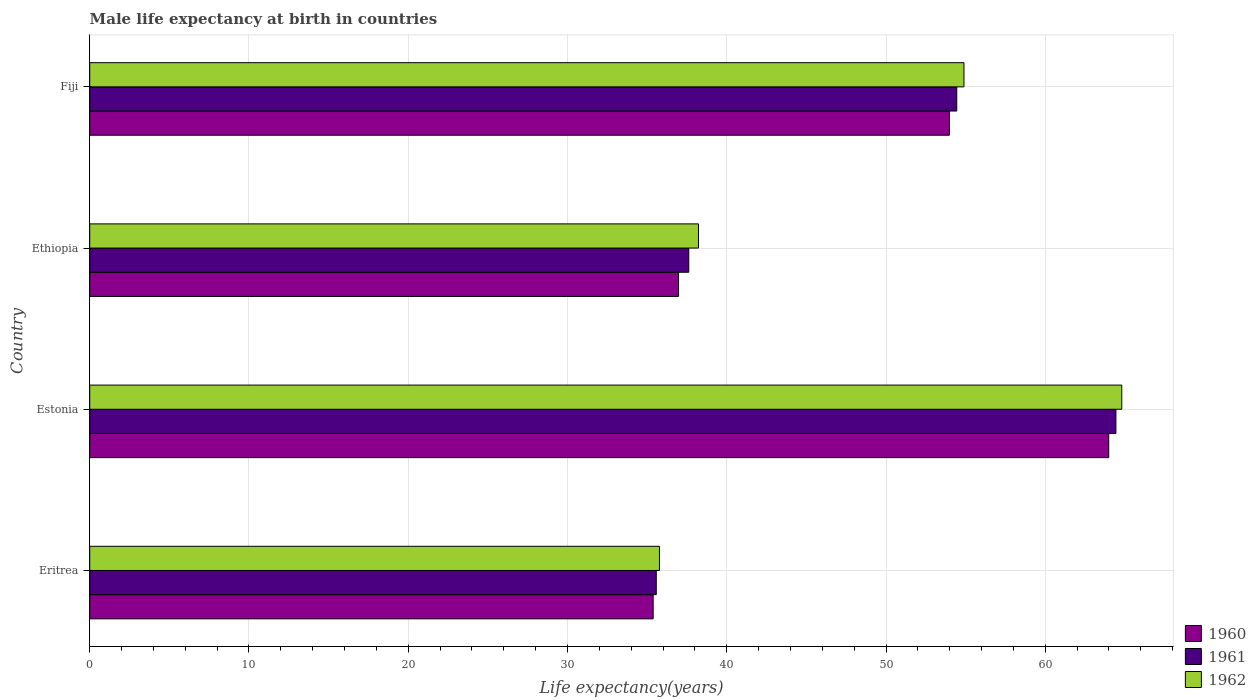
| Country | 1960 | 1961 | 1962 |
 | --- | --- | --- | --- |
 | Eritrea | 35.4 | 35.6 | 35.8 |
 | Estonia | 64 | 64.4 | 64.8 |
 | Ethiopia | 37 | 37.6 | 38.2 |
 | Fiji | 54 | 54.4 | 54.9 |